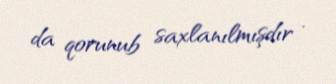
da qorunub saxlanılmışdır .